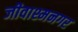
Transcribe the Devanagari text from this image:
जीवाश्मनगर